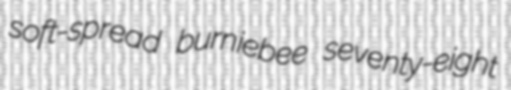
soft-spread burniebee seventy-eight